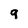
Character: 9